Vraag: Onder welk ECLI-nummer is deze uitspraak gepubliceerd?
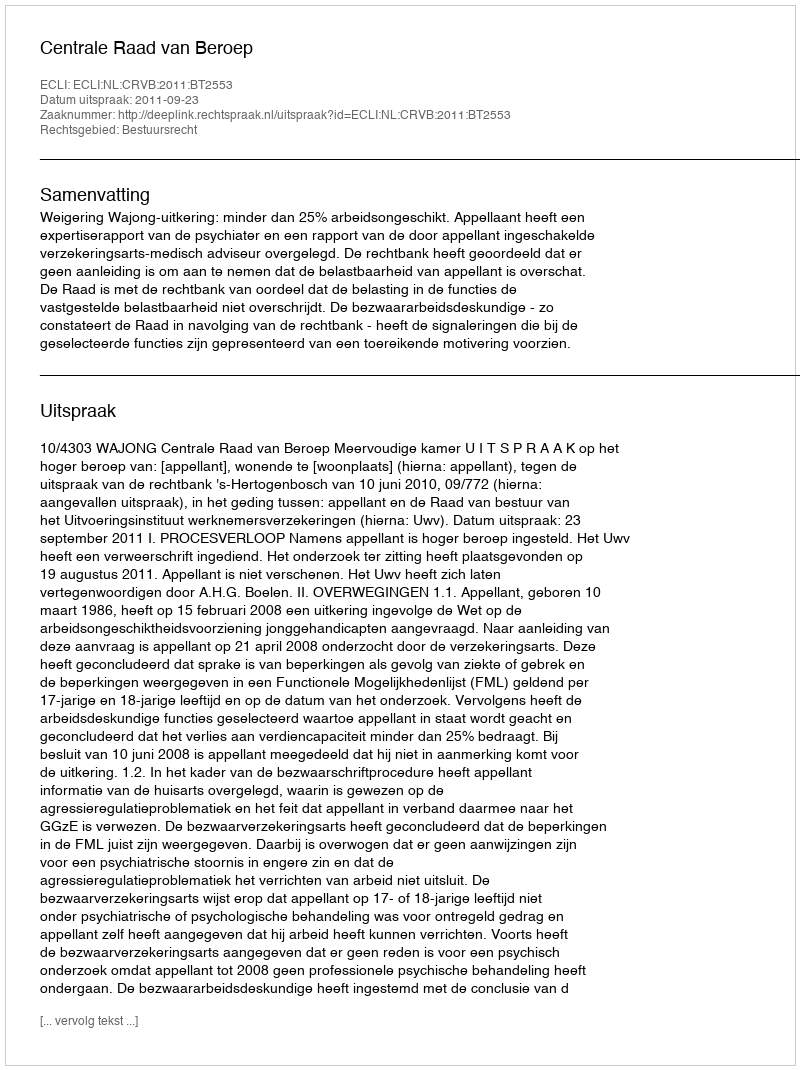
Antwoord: ECLI:NL:CRVB:2011:BT2553